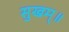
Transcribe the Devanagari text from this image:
सुखम्॥